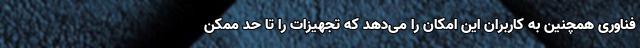
فناوری همچنین به کاربران این امکان را می‌دهد که تجهیزات را تا حد ممکن